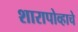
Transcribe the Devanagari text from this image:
शारापोव्हाचे